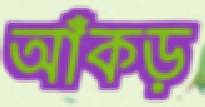
আঁকড়